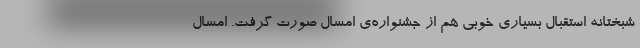
شبختانه استقبال بسیاری خوبی هم از جشنواره‌ی امسال صورت گرفت. امسال